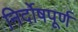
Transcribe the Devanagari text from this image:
निर्दोषपूर्ण